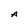
Character: A